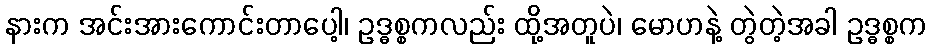
နားက အင်းအားကောင်းတာပေါ့၊ ဥဒ္ဓစ္စကလည်း ထို့အတူပဲ၊ မောဟနဲ့ တွဲတဲ့အခါ ဥဒ္ဓစ္စက